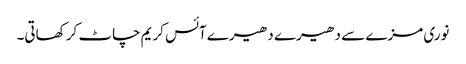
نوری مزے سے دھیرے دھیرے آئس کریم چاٹ کر کھاتی۔